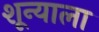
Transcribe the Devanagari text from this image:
शून्याला